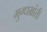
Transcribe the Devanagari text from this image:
मुग्धभ्रांती